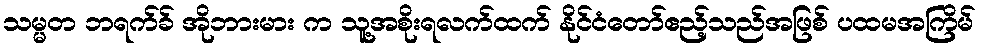
သမ္မတ ဘရက်ခ် အိုဘားမား က သူ့အစိုးရလက်ထက် နိုင်ငံတော်ဧည့်သည်အဖြစ် ပထမအကြိမ်